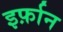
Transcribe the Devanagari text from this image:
इर्फ़ान